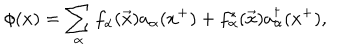
\phi ( x ) = \sum _ { \alpha } f _ { \alpha } ( \vec { x } ) a _ { \alpha } ( x ^ { + } ) + f _ { \alpha } ^ { * } ( \vec { x } ) a _ { \alpha } ^ { \dagger } ( x ^ { + } ) ,